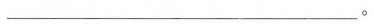
___。